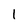
Character: 1